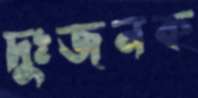
দুঃজনক